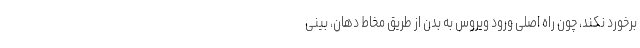
برخورد نکند، چون راه اصلی ورود ویروس به بدن از طریق مخاط دهان، بینی